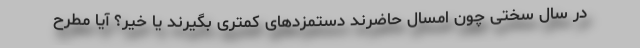
در سال سختی چون امسال حاضرند دستمزدهای کمتری بگیرند یا خیر؟ آیا مطرح